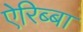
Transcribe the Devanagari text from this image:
ऐरिब्बा